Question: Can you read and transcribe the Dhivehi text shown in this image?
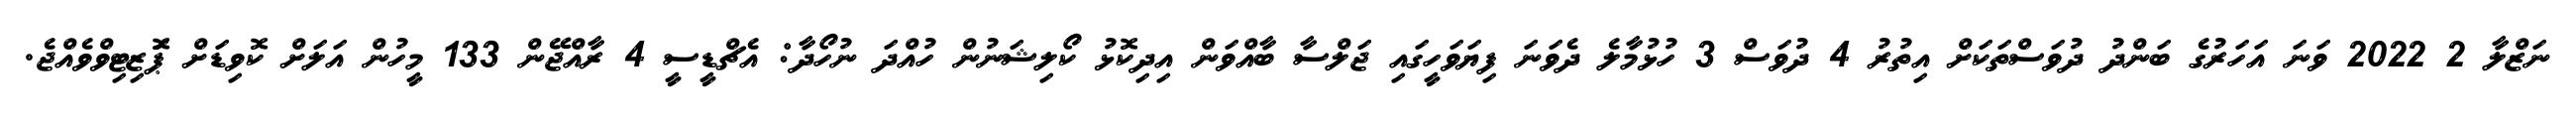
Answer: ނަޒްލާ 2 2022 ވަނަ އަހަރުގެ ބަންދު ދުވަސްތަކަށް އިތުރު 4 ދުވަސް 3 ހުޅުމާލެ ދެވަނަ ފިޔަވަހީގައި ޖަލްސާ ބާއްވަން އިދިކޮޅު ކޯލިޝަނުން ހުއްދަ ނުހޯދާ: އެޗްޑީސީ 4 ރާއްޖޭން 133 މީހުން އަލަށް ކޮވިޑަށް ޕަޮޒިޓިވްވެއްޖެ.